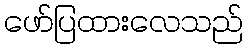
ဖော်ပြထားလေသည်